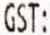
GST: